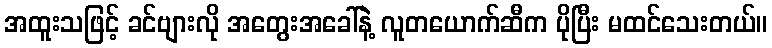
အထူးသဖြင့် ခင်ဗျားလို အတွေးအခေါ်နဲ့ လူတယောက်ဆီက ပိုပြီး မထင်သေးတယ်။